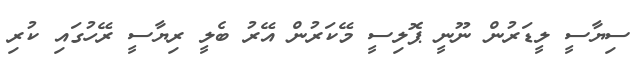
ސިޔާސީ ލީޑަރުން ނޫނީ ޕޮލިސީ މޭކަރުން އޭރު ބެލީ ރިޔާސީ ރޭހުގައި ކުރި